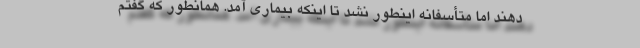
دهند اما متأسفانه اینطور نشد تا اینکه بیماری آمد. همانطور که گفتم